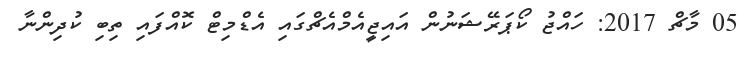
05 މާޗް 2017: ހައްޖު ކޯޕަރޭޝަނުން އައިޖީއެމްއެޗްގައި އެޑްމިޓް ކޮއްފައި ތިބި ކުދިންނާ